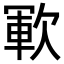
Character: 𣣞